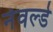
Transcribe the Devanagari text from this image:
नेवर्ल्ड